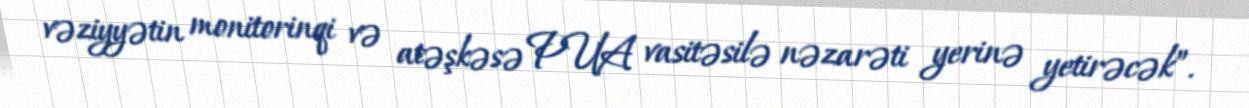
vəziyyətin monitorinqi və atəşkəsə PUA vasitəsilə nəzarəti yerinə yetirəcək”.